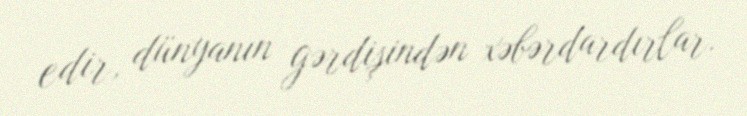
edir, dünyanın gərdişindən xəbərdardırlar.